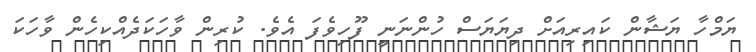
ޔަމްހާ ޔަޝާން ކައިރިއަށް ދިޔަޔަސް ހުންނަނީ ފޫހިވެފަ އެވެ. ކުރިން ވާހަކަދެއްކިހެން ވާހަކަ